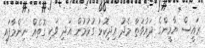
ރައީސް ޔާމީންގެ ދައުވަތާ މެދު އިދިކޮޅު ގުޅުމުން އަދި ވަކި ގޮތެއް ނިންމާފައި